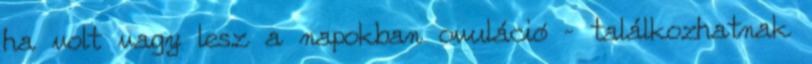
ha volt vagy lesz a napokban ovuláció – találkozhatnak